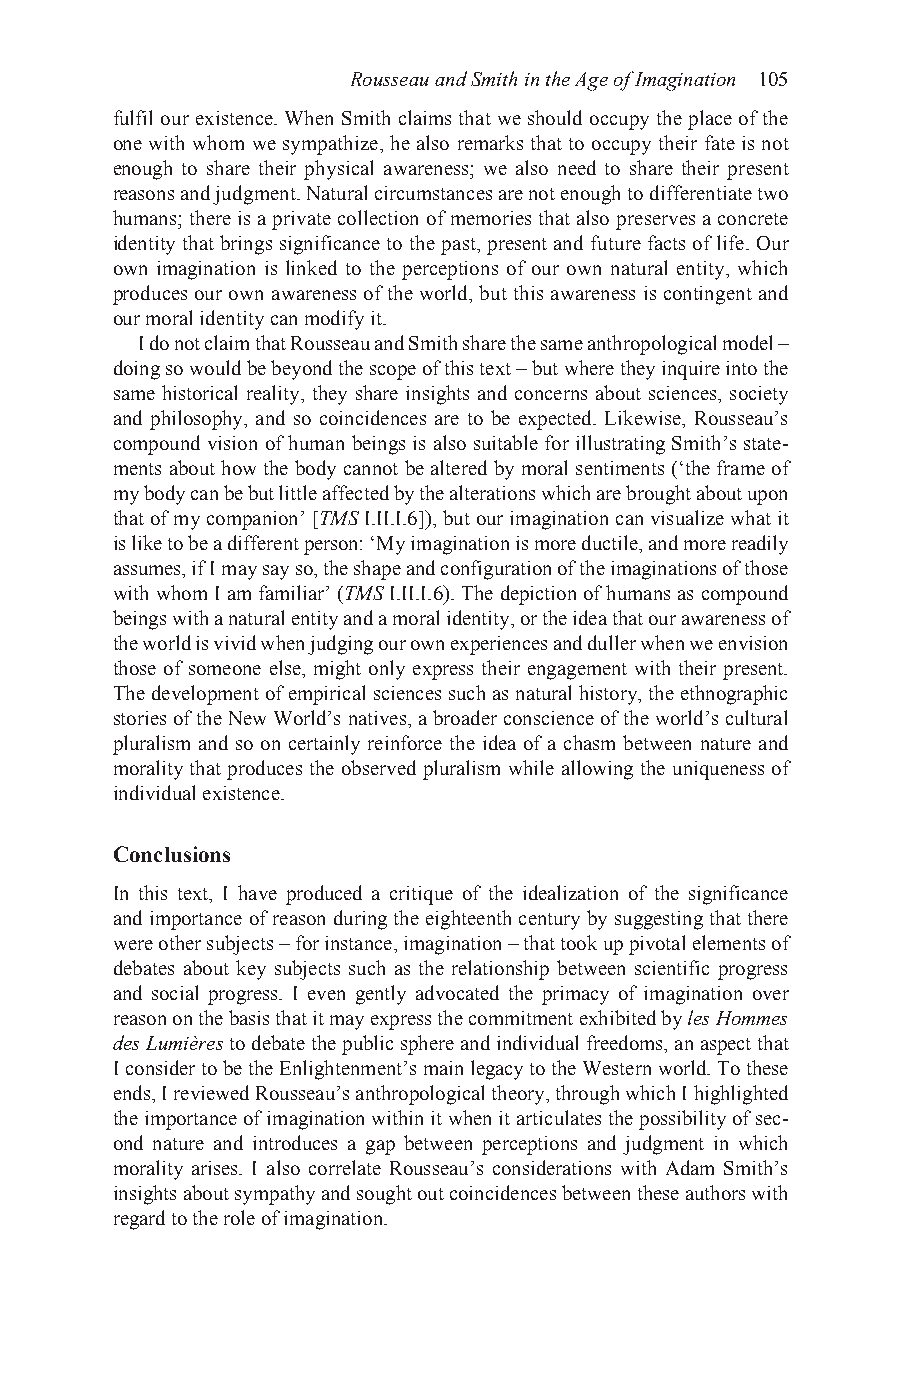
Rousseau and Smith in the Age of Imagination 105
 fulfil our existence. When Smith claims that we should occupy the place of the
 one with whom we sympathize, he also remarks that to occupy their fate is not
 enough to share their physical awareness; we also need to share their present
 reasons and judgment. Natural circumstances are not enough to differentiate two
 humans; there is a private collection of memories that also preserves a concrete
 identity that brings significance to the past, present and future facts of life. Our
 own imagination is linked to the perceptions of our own natural entity, which
 produces our own awareness of the world, but this awareness is contingent and
 our moral identity can modify it.
 I do not claim that Rousseau and Smith share the same anthropological model –
 doing so would be beyond the scope of this text – but where they inquire into the
 same historical reality, they share insights and concerns about sciences, society
 and philosophy, and so coincidences are to be expected. Likewise, Rousseau’s
 compound vision of human beings is also suitable for illustrating Smith’s state-
 ments about how the body cannot be altered by moral sentiments (‘the frame of
 my body can be but little affected by the alterations which are brought about upon
 that of my companion’ [TMS I.II.I.6]), but our imagination can visualize what it
 is like to be a different person: ‘My imagination is more ductile, and more readily
 assumes, if I may say so, the shape and configuration of the imaginations of those
 with whom I am familiar’ (TMS I.II.I.6). The depiction of humans as compound
 beings with a natural entity and a moral identity, or the idea that our awareness of
 the world is vivid when judging our own experiences and duller when we envision
 those of someone else, might only express their engagement with their present.
 The development of empirical sciences such as natural history, the ethnographic
 stories of the New World’s natives, a broader conscience of the world’s cultural
 pluralism and so on certainly reinforce the idea of a chasm between nature and
 morality that produces the observed pluralism while allowing the uniqueness of
 individual existence.
 Conclusions
 In this text, I have produced a critique of the idealization of the significance
 and importance of reason during the eighteenth century by suggesting that there
 were other subjects – for instance, imagination – that took up pivotal elements of
 debates about key subjects such as the relationship between scientific progress
 and social progress. I even gently advocated the primacy of imagination over
 reason on the basis that it may express the commitment exhibited by les Hommes
 des Lumières to debate the public sphere and individual freedoms, an aspect that
 I consider to be the Enlightenment’s main legacy to the Western world. To these
 ends, I reviewed Rousseau’s anthropological theory, through which I highlighted
 the importance of imagination within it when it articulates the possibility of sec-
 ond nature and introduces a gap between perceptions and judgment in which
 morality arises. I also correlate Rousseau’s considerations with Adam Smith’s
 insights about sympathy and sought out coincidences between these authors with
 regard to the role of imagination.